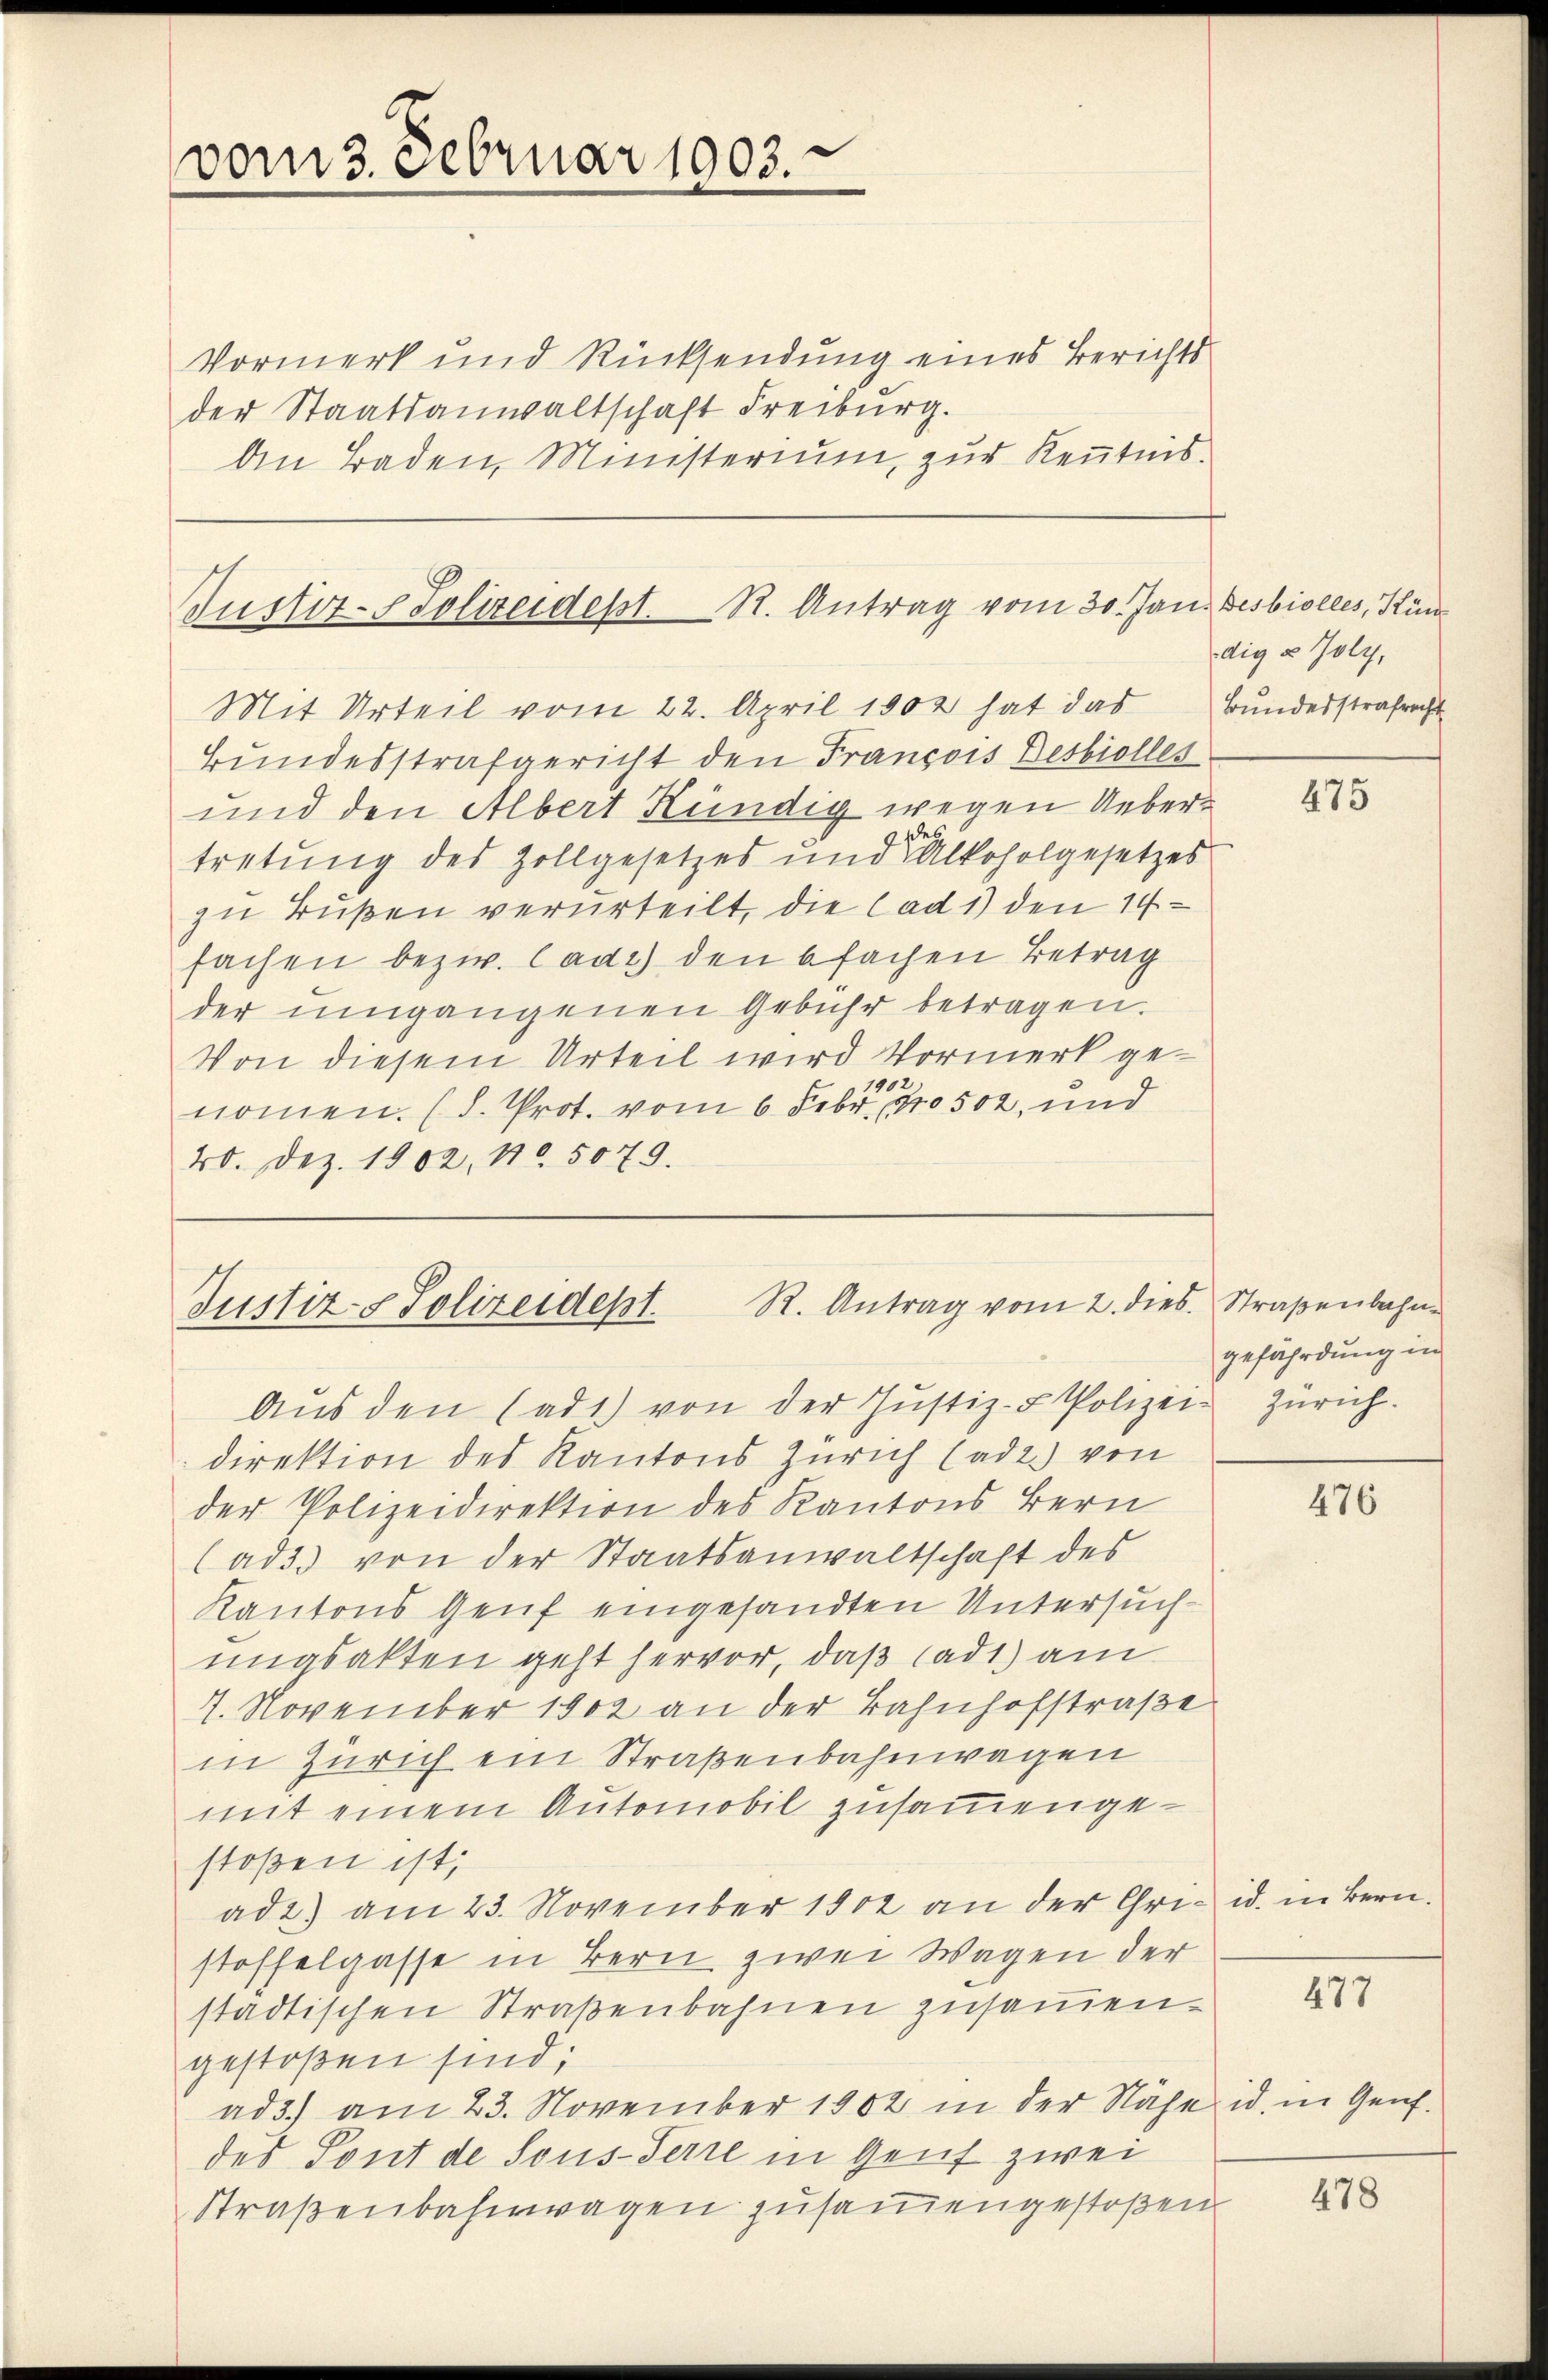
vom 3. Februar 1903.

Vormerk und Rücksendung eines Berichts
der Staatsanwaltschaft Freiburg.
An Baden, Ministerium, zur Kenntnis¬

Justiz- Polizeidesst. R. Antrag vom 30. Jan. Besbiolles, Kuns
Mit Urteil vom 22. April 1902 hat das Bundesstrafrecht

Justiz- & Polizeidept. R. Antrag vom 2. dies. Straβenbahn-
Aŭs den (ad1) von der Justiz- & Polizei- Zürich.

direktion des Kantons Zürich (adt) von
der Polizeidirektion des Kantons Bern
(ad 3. von der Staatsanwaltschaft des
Kantons Genf eingesandten Untersuchungsakten geht hervor, daß (ad1) am
7. November 1902 an der Bahnhofstraße
in Zürich ein Straßenbahnwagen
mit einem Automobil zusammengestoßen ist;
ad 2) am 23. November 1902 an der Chri-id. in Bern.
stoffelgasse in Bern zwei Wagen der
städtischen Straßenbahnen zusammengestoßen sind;
ad 3.) am 23. November 1902 in der Nähe id. in Genf.
des Pont de Sous-Terre in Genf zwei
Straßenbahnwagen zusammengestoßen

Bundesstrafgericht den François Desbiolles
und den Albert Kündig wegen Uebertretung des Zollgesetzes und Alkoholgesetzes
zŭ Bußen verurteilt, die Cad 1) den 14
fachen bezw. Cadi) den 6fachen Betrag
der umgangenen Gebühr betragen.
Von diesem Urteil wird Vormerk ge¬
1902
nommen. (d. Prot. vom 6. Febr. 10 502, und
40. Dez. 1902. 11. 5079.

dig & Joly,

475

gefährdung in

476

477

478